Indian Medical Review
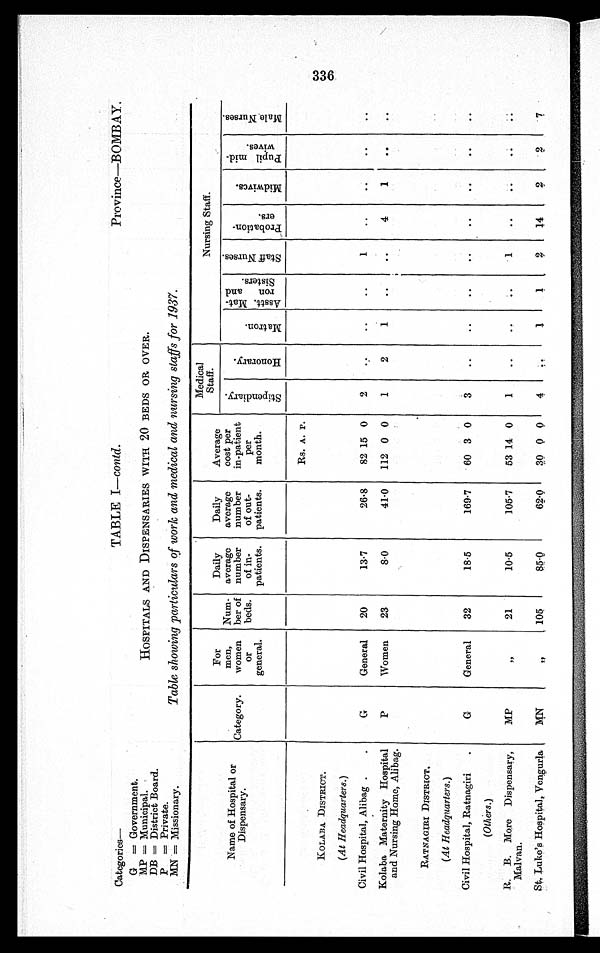
Categories—
TABLE I—contd. Province—BOMBAY.
G = Government.
HP = Municipal
HOSPITALS AND DISPENSARIES WITH 20 BEDS OR OVER.
DB = District Board.
P = Private.
MN = Missionary. Table showing particulars of work and medical and nursing staffs for 1937.
Name of Hospital or
Dispensary.
Category.
For
men,
women
or
general.
Num-
her of
beds.
Daily
average
number
of in-
patients.
Daily
average
number
of out-
patients.
Average
cost per
in-patient
per
month.
Medical
Staff
.
Nursing Staff.
S t i p e n d i a r y .
H o n o r a r y .
M a t r o n .
A s s t t . M a t -
r o n a n d
S i s t e r s .
S t a f f N u r s e s .
P r o b a t i o n -
e r s .
M i d w i v e s .
P u p i l m i d -
w i v e s .
M a l e N u r s e s .
Rs. A. P.
KOLABA DISTRICT.
(At Headquarters.)
Civil Hospital, Alibag
G
General
20
13·7
26·8
82 15 0
2
..
..
..
1
..
..
. .
. .
Kolaba Maternity Hospital
and Nursing Home, Alibag.
P
Women
23
8·0
41·0
112 0 0
1
2
1
..
..
4
1
..
..
RATNAGIRI DISTRICT,
(At Headquarters.)
Civil Hospital, Ratnagiri
G
General
32
18·5
169·7
60 3 0
3
..
..
..
..
..
..
..
..
(Others.)
R. B. More Dispensary,
Malvan.
MP
''
21
10·5
105·7
53 14 0
1
..
..
1
..
..
. .
..
St. Luke's Hospital, Vengurla
M N ''
105
8 5 · 0
62·0
3 0 0 0
4 ..
1
1
2
14
2
2
7